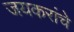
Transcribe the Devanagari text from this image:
जयकरांचे